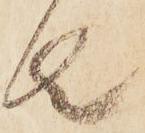
者